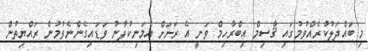
މި ބައްދަލުކުރެއްވުމުގައި ޤާސިމް އިބްރާހިމް ވަނީ އެ ރަށަށް އެމަނިކުފާނު ވަޑައިގެންނެވުމުން ރައްޔިތުން